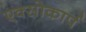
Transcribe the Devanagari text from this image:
एक्सोकार्प